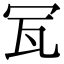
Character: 𤬦